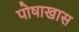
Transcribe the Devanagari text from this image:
पोषाखास